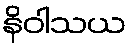
နိဝါသယ